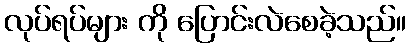
လုပ်ရပ်များ ကို ပြောင်းလဲစေခဲ့သည်။